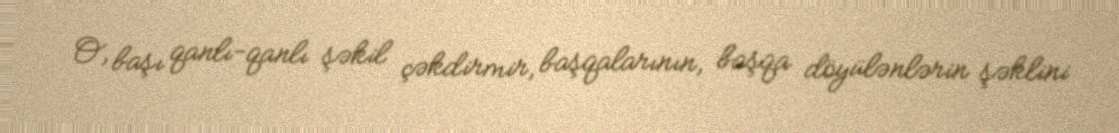
O, başı qanlı-qanlı şəkil çəkdirmir, başqalarının, başqa döyülənlərin şəklini